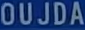
OUJDA